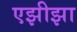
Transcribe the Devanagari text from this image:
एझीझा